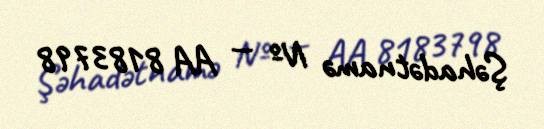
Şəhadətnamə № — AA 8183798